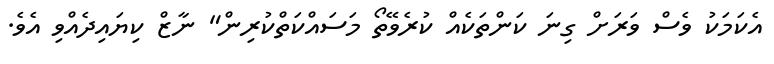
އެކަމަކު ވެސް ވަރަށް ގިނަ ކަންތަކެއް ކުރެވޭތޯ މަސައްކަތްކުރިން" ނާޒް ކިޔައިދެއްވި އެވެ.